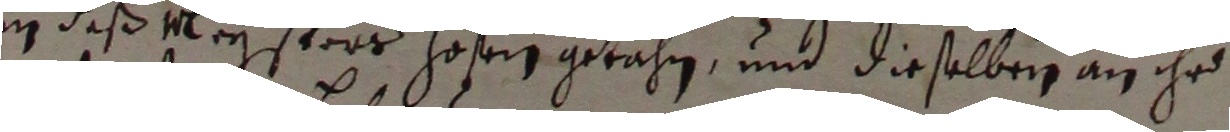
in deß vleystorr hoßig getahn und dieselben an ihr